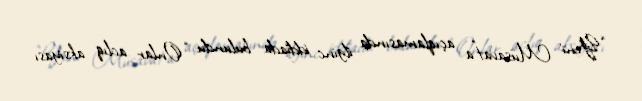
“Yeni Müsavat”a açıqlamasında ilginc iddiada bulundu: “Onlar aclıq aksiyası